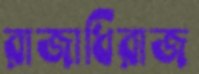
রাজাধিরাজ